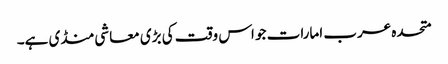
متحدہ عرب امارات جو اس وقت کی بڑی معاشی منڈی ہے۔